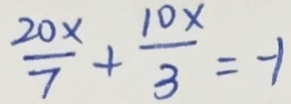
\frac { 2 0 x } { 7 } + \frac { 1 0 x } { 3 } = - 1